Annual report of the Punjab Veterinary College and of the Civil Veterinary Department, Punjab - 1894-1908
Year: 1894
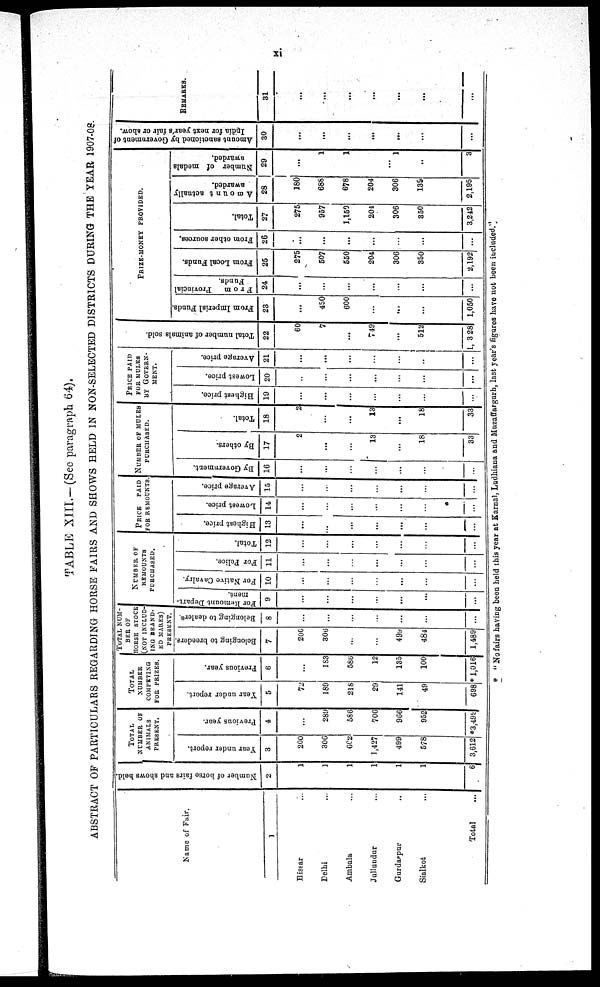
xi
TABLE XIII.-(See paragraph 64).
ABSTRACT OF PARTICULARS REGARDING HORSE FAIRS AND SHOWS HELD IN NON-SELECTED DISTRICTS DURING THE YEAR 1907-08.
Name of Fair.
1
Hissar ...
Delhi ... ... ...
Ambala ... ... ...
Jullundur ... ... ...
Gurdaspur ... ... ... ... ...
Sialkot ... ... ... ...
Total ...
Number of horse fairs and shows held.
2
1
1
1
1
1
1
6
TOTAL
NUMBER OF
ANIMALS
PRESENT.
Year under report.
3
200
300
602
1,427
499
578
3,612
Previous year.
4
...
289
5S6
706
966
952
*3,499
TOTAL
NUMBER
COMPETING
FOR
PRIZES.
Year under report.
5
72
189
218
29
141
49
698
Previous year.
6
...
183
586
12
135
100
* 1,016
TTOTAL NUM-
--- OF
HORSE STOCK
(NOT ONCLUD
ING
BRAND-
ED MARES)
PRESENT.
Belonging to breeders.
7
206
306
...
...
499
484
1,489
Belonging to dealers
8
...
...
...
...
...
...
...
NUMBER OF
REMOUNTS
PURCHASED.
For Remount Depart-
ment.
9
...
...
...
...
...
...
For Native Cavalry.
10
...
...
...
...
...
...
...
For Police.
11
...
...
...
...
...
...
Total.
12
...
...
...
...
...
...
...
PRICE PAID
FOR REMOUNTS
Highest price.
13
...
...
...
...
...
...
...
Lowest price.
14
...
...
...
...
...
...
...
Average price.
15
...
...
...
...
...
...
...
NUMBER OF MOLES
PURCHASED.
By Government.
16
...
...
...
...
...
...
By others.
17
2
...
...
13
...
18
33
Total.
18
2
...
...
13
...
18
33
PRICE
PAID
FOR MULES
BY GOVERN-
----.
Highest price.
19
...
...
...
...
...
...
...
Lowest price.
20
...
...
...
...
...
...
Average price.
21
...
...
...
...
... ...
... ...
...
Total number of animals sold.
22
60
7
...
749
...
512
3 28
PRIZE-MONEY
PROVIDED.
From Imperial Funds.
23
...
450
600
...
...
...
1,050
From
Provincial
Funds.
24
...
...
...
...
...
...
...
From Local Funds.
25
275
507
550
204
306
350
2,192
From other sources.
26
...
...
...
...
...
Total.
27
275
957
1,159
204
306
350
3,242
Amount actually
awarded.
28
180
688
678
204
306
139
2,195
Number of medals
awarded.
29
...
1
1
...
1
...
3
Amount sanctioned by Government of
India for next year's fair or show.
30
...
...
...
...
...
...
...
REMARKS.
31
...
...
...
...
...
...
...
* "No fairs having been held this year at Karnal, Ludhiana and Muzaffargarh, last year's figures have not been included."